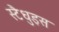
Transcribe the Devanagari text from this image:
स्टैधुइस